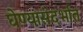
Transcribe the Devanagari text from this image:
घेण्यासंदर्भात